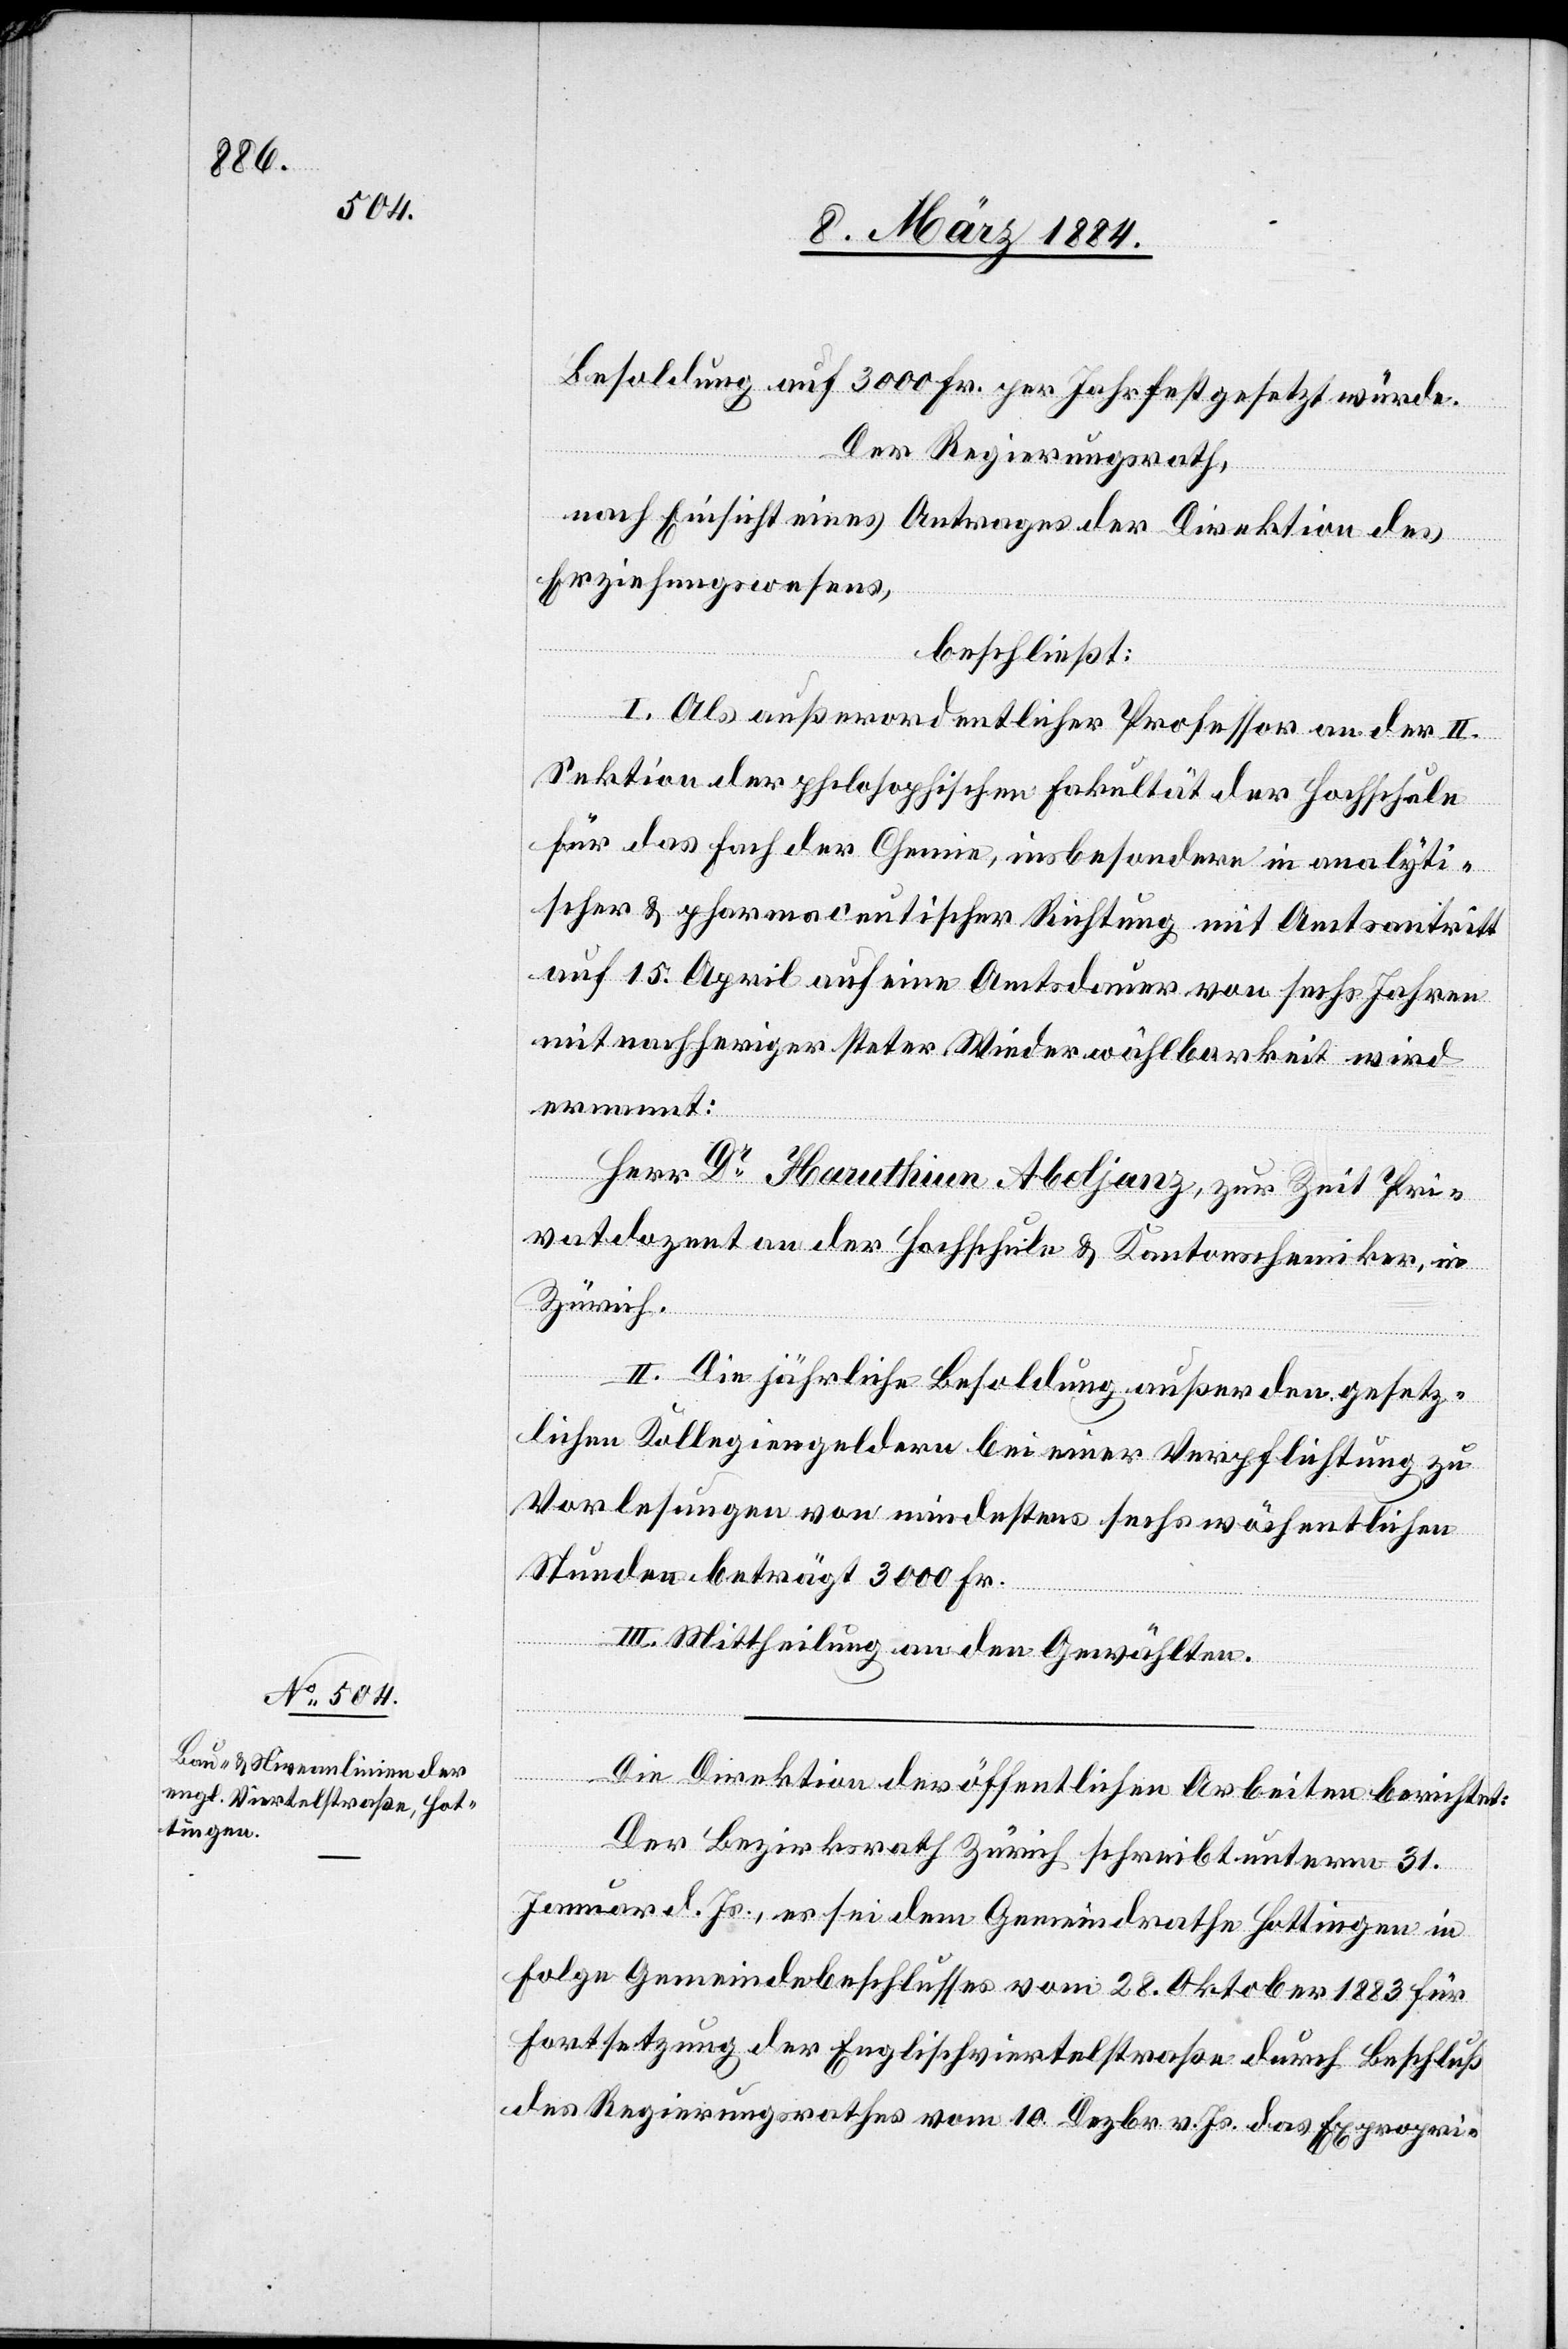
Besoldung auf 3000 Fr. per Jahr festgesetzt würde.
Der Regierungsrath,
nach Einsicht eines Antrages der Direktion des
Erziehungswesens,
beschließt:
I. Als außerordentlicher Professor an der II.
Sektion der philosophischen Fakultät der Hochschule
für das Fach der Chemie, insbesondere in analyti¬
scher & pharmaceutischer Richtung mit Amtsantritt
auf 15. April auf eine Amtsdauer von sechs Jahren
mit nachheriger steter Wiederwählbarkeit wird
ernannt:
Herr Dr Haruthiun Abeljanz zur Zeit Pri¬
vatdozent der Hochschule & Kantonschemiker, in
Zürich.
II. Die jährliche Besoldung außer den gesetz¬
lichen Kollegiengeldern bei einer Verpflichtung zu
Vorlesungen von mindestens sechs wöchentlichen
Stunden beträgt 3000 Fr.
III. Mittheilung an den Gewählten.
Die Direktion der öffentlichen Arbeiten berichtet:
Der Bezirksrath Zürich schreibt unterm 31.
Januar d. Js., es sei dem Gemeindrathe Hottingen in
Folge Gemeindebeschlusses vom 28. Oktober 1883 für
Fortsetzung der Englischviertelstraße durch Beschluß
des Regierungsrathes vom 10. Dezbr. v. Js. das Expropri-